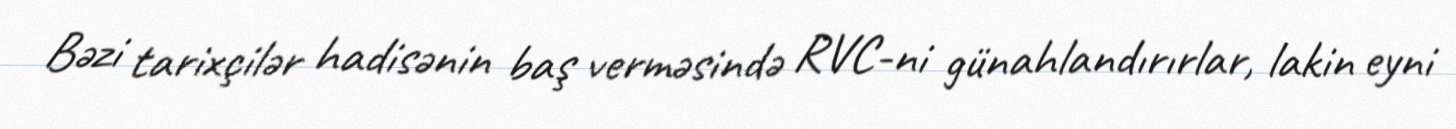
Bəzi tarixçilər hadisənin baş verməsində RVC-ni günahlandırırlar, lakin eyni